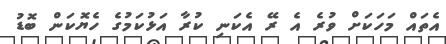
އެތައް މަހަކަށް ވުރެ އެ ރޭ އެކަނި ކުރާ އަޅުކަމުގެ ހެޔޮކަން ބޮޑު